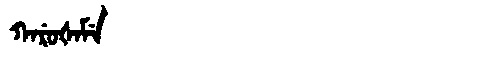
Manchu: ᡴᠠᡵᡠᡧᠠᠮᡝ
Romanization: KARUŠAME